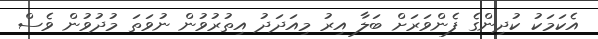
އެކަމަކު ކުދިންގެ ފެންވަރަށް ބަލާ އިރު މިއަދަދު އިތުރުވުން ނުވަތަ މުދުވުން ވެސް